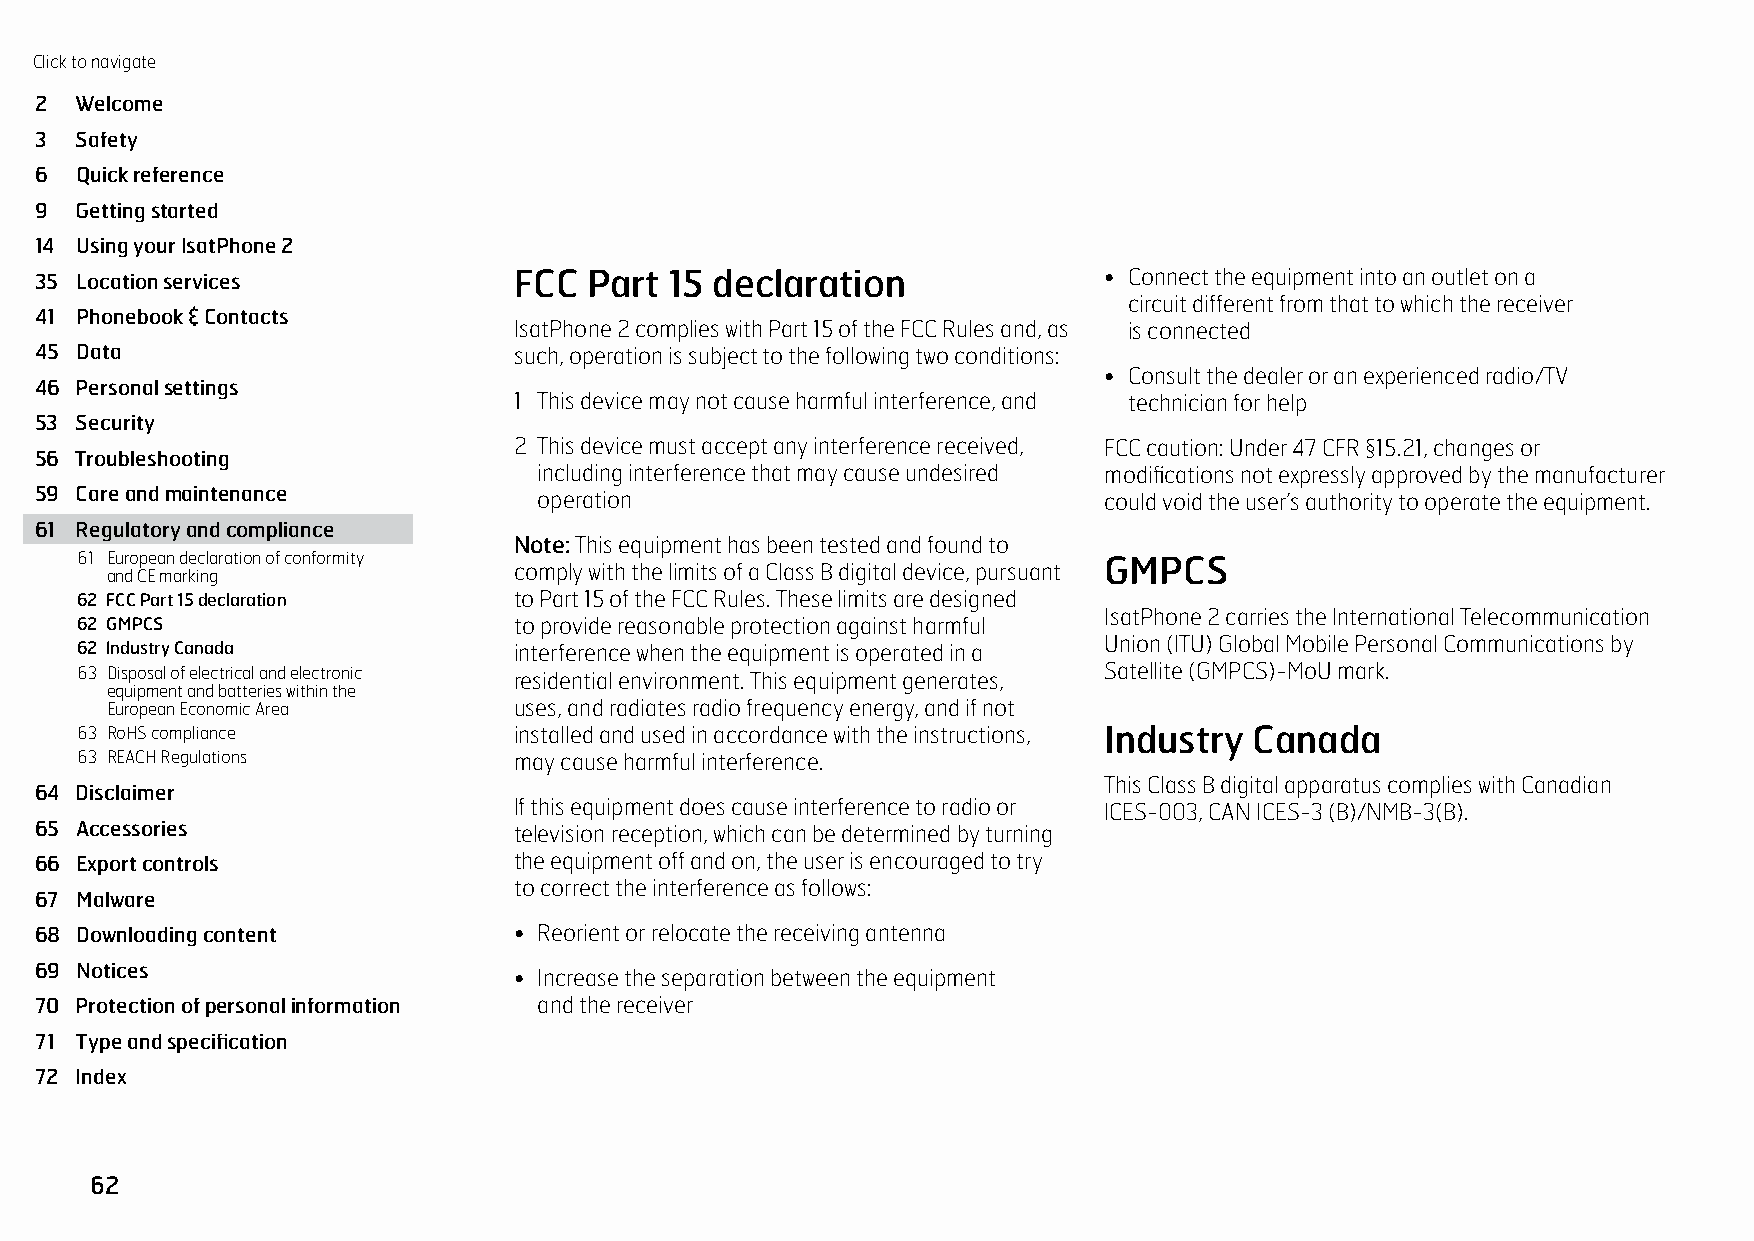
Click to navigate
 2  Welcome
 3  Safety
 6  Quick reference
 9  Getting started
 14 Using your IsatPhone 2
 35 Location services            FCC  Part 15 declaration               • Connect the equipment into an outlet on a
 circuit different from that to which the receiver
 41 Phonebook & Contacts
 IsatPhone 2 complies with Part 15 of the FCC Rules and, as is connected
 45 Data                         such, operation is subject to the following two conditions:
 • Consult the dealer or an experienced radio/TV
 46 Personal settings
 1 This device may not cause harmful interference, and technician for help
 53 Security
 2 This device must accept any interference received, FCC caution: Under 47 CFR §15.21, changes or
 56 Troubleshooting
 including interference that may cause undesired modifications not expressly approved by the manufacturer
 59 Care and maintenance           operation                            could void the user’s authority to operate the equipment.
 61 Regulatory and compliance
 Note: This equipment has been tested and found to
 61 European declaration of conformity                               GMPCS
 comply with the limits of a Class B digital device, pursuant
 and CE marking
 62 FCC Part 15 declaration   to Part 15 of the FCC Rules. These limits are designed
 IsatPhone 2 carries the International Telecommunication
 62 GMPCS                     to provide reasonable protection against harmful
 Union (ITU) Global Mobile Personal Communications by
 62 Industry Canada           interference when the equipment is operated in a
 63 Disposal of electrical and electronic residential environment. This equipment generates, Satellite (GMPCS)-MoU mark.
 equipment and batteries within the
 European Economic Area     uses, and radiates radio frequency energy, and if not
 63 RoHS compliance           installed and used in accordance with the instructions, Industry Canada
 63 REACH Regulations         may cause harmful interference.
 This Class B digital apparatus complies with Canadian
 64 Disclaimer
 If this equipment does cause interference to radio or ICES-003, CAN ICES-3 (B)/NMB-3(B).
 65 Accessories                  television reception, which can be determined by turning
 66 Export controls              the equipment off and on, the user is encouraged to try
 to correct the interference as follows:
 67 Malware
 68 Downloading content          • Reorient or relocate the receiving antenna
 69 Notices
 • Increase the separation between the equipment
 70 Protection of personal information and the receiver
 71 Type and specification
 72 Index
 62